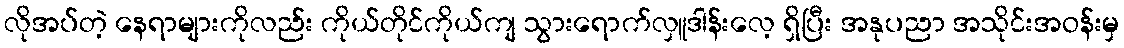
လိုအပ်တဲ့ နေရာများကိုလည်း ကိုယ်တိုင်ကိုယ်ကျ သွားရောက်လှူဒါန်းလေ့ ရှိပြီး အနုပညာ အသိုင်းအဝန်းမှ